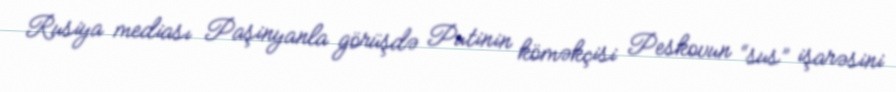
Rusiya mediası Paşinyanla görüşdə Putinin köməkçisi Peskovun “sus” işarəsini